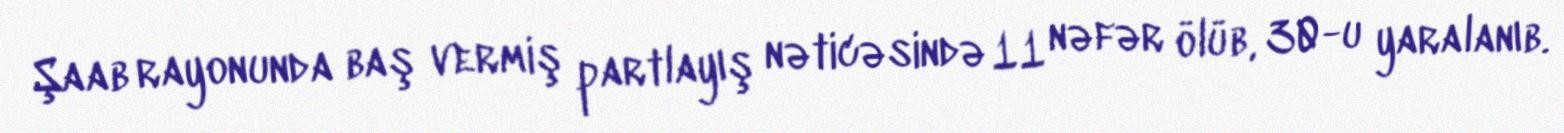
Şaab rayonunda baş vermiş partlayış nəticəsində 11 nəfər ölüb, 30-u yaralanıb.